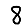
Digit: 8